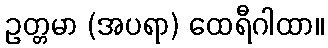
ဥတ္တမာ (အပရာ) ထေရီဂါထာ။